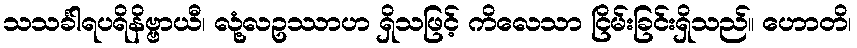
သသင်္ခါရပရိနိဗ္ဗာယီ၊ လုံ့လဥဿာဟ ရှိသဖြင့် ကိလေသာ ငြိမ်းခြင်းရှိသည်။ ဟောတိ၊